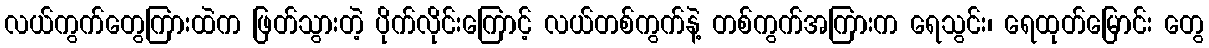
လယ်ကွက်တွေကြားထဲက ဖြတ်သွားတဲ့ ပိုက်လိုင်းကြောင့် လယ်တစ်ကွက်နဲ့ တစ်ကွက်အကြားက ရေသွင်း၊ ရေထုတ်မြောင်း တွေ